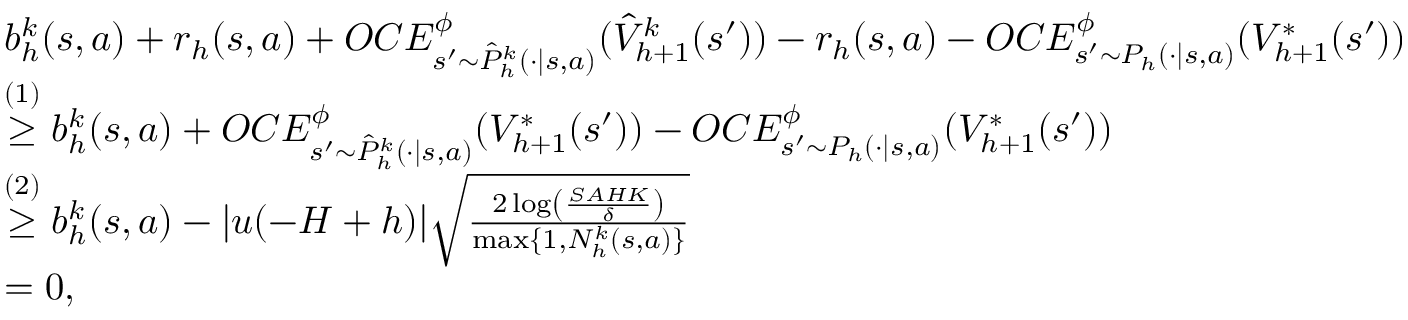
\begin{array} { r l } & { b _ { h } ^ { k } ( s , a ) + r _ { h } ( s , a ) + O C E _ { s ^ { \prime } \sim \hat { P } _ { h } ^ { k } ( \cdot \vert s , a ) } ^ { \phi } ( \hat { V } _ { h + 1 } ^ { k } ( s ^ { \prime } ) ) - r _ { h } ( s , a ) - O C E _ { s ^ { \prime } \sim P _ { h } ( \cdot \vert s , a ) } ^ { \phi } ( V _ { h + 1 } ^ { * } ( s ^ { \prime } ) ) } \\ & { \overset { ( 1 ) } { \geq } b _ { h } ^ { k } ( s , a ) + O C E _ { s ^ { \prime } \sim \hat { P } _ { h } ^ { k } ( \cdot \vert s , a ) } ^ { \phi } ( V _ { h + 1 } ^ { * } ( s ^ { \prime } ) ) - O C E _ { s ^ { \prime } \sim P _ { h } ( \cdot \vert s , a ) } ^ { \phi } ( V _ { h + 1 } ^ { * } ( s ^ { \prime } ) ) } \\ & { \overset { ( 2 ) } { \geq } b _ { h } ^ { k } ( s , a ) - \vert u ( - H + h ) \vert \sqrt { \frac { 2 \log \left( \frac { S A H K } { \delta } \right) } { \operatorname* { m a x } \{ 1 , N _ { h } ^ { k } ( s , a ) \} } } } \\ & { = 0 , } \end{array}